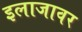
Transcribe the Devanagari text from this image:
इलाजावर